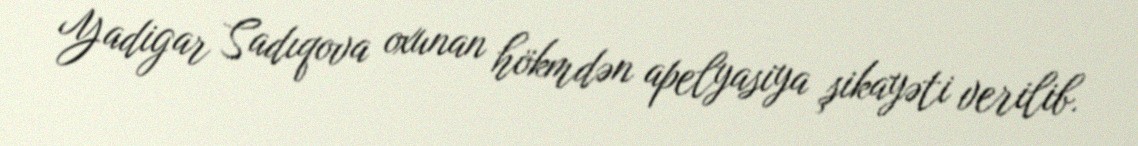
Yadigar Sadıqova oxunan hökmdən apelyasiya şikayəti verilib.